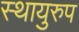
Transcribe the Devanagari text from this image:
स्थायुरुप